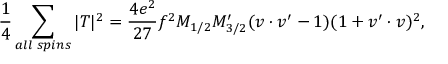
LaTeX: { \frac { 1 } { 4 } } \sum _ { a l l \; s p i n s } | T | ^ { 2 } = { \frac { 4 e ^ { 2 } } { 2 7 } } f ^ { 2 } M _ { 1 / 2 } M _ { 3 / 2 } ^ { \prime } ( v \cdot v ^ { \prime } - 1 ) ( 1 + v ^ { \prime } \cdot v ) ^ { 2 } ,